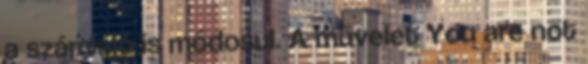
a számláló is módosul. A művelet You are not